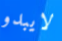
لايبدو